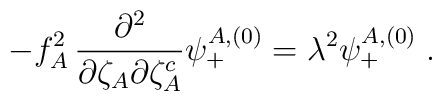
-f_A^2\,{\partial^2\over \partial\zeta_A\partial\zeta_A^c}\psi^{A,(0)}_+=\lambda^2\psi^{A,(0)}_+\;.